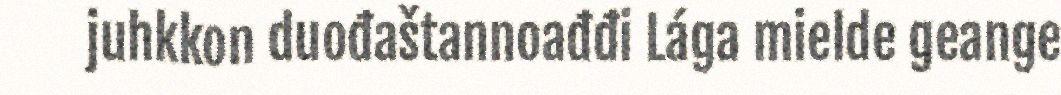
juhkkon duođaštannoađđi Lága mielde geange